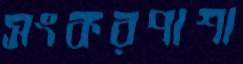
সংকরপাশা